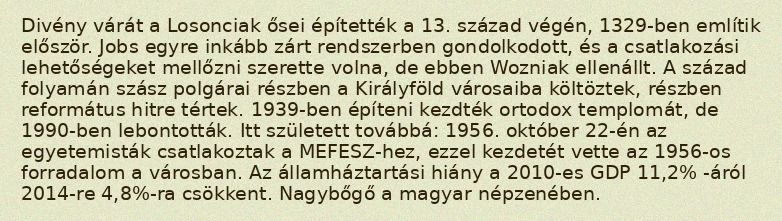
Divény várát a Losonciak ősei építették a 13. század végén, 1329-ben említik először. Jobs egyre inkább zárt rendszerben gondolkodott, és a csatlakozási lehetőségeket mellőzni szerette volna, de ebben Wozniak ellenállt. A század folyamán szász polgárai részben a Királyföld városaiba költöztek, részben református hitre tértek. 1939-ben építeni kezdték ortodox templomát, de 1990-ben lebontották. Itt született továbbá: 1956. október 22-én az egyetemisták csatlakoztak a MEFESZ-hez, ezzel kezdetét vette az 1956-os forradalom a városban. Az államháztartási hiány a 2010-es GDP 11,2% -áról 2014-re 4,8%-ra csökkent. Nagybőgő a magyar népzenében.